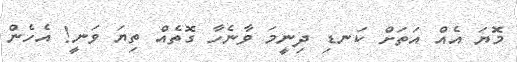
މޮޔަ އެއް އަތަށް ކަނޑި ދިނީމަ ވާނެހާ ގޮތެއް ތިޔަ ވަނީ! އެހެން